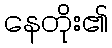
နေတိုး၏